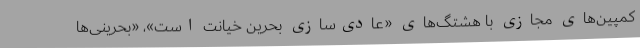
کمپین‌های مجازی با هشتگ‌های «عادی‌سازی بحرین خیانت است»، «بحرینی‌ها